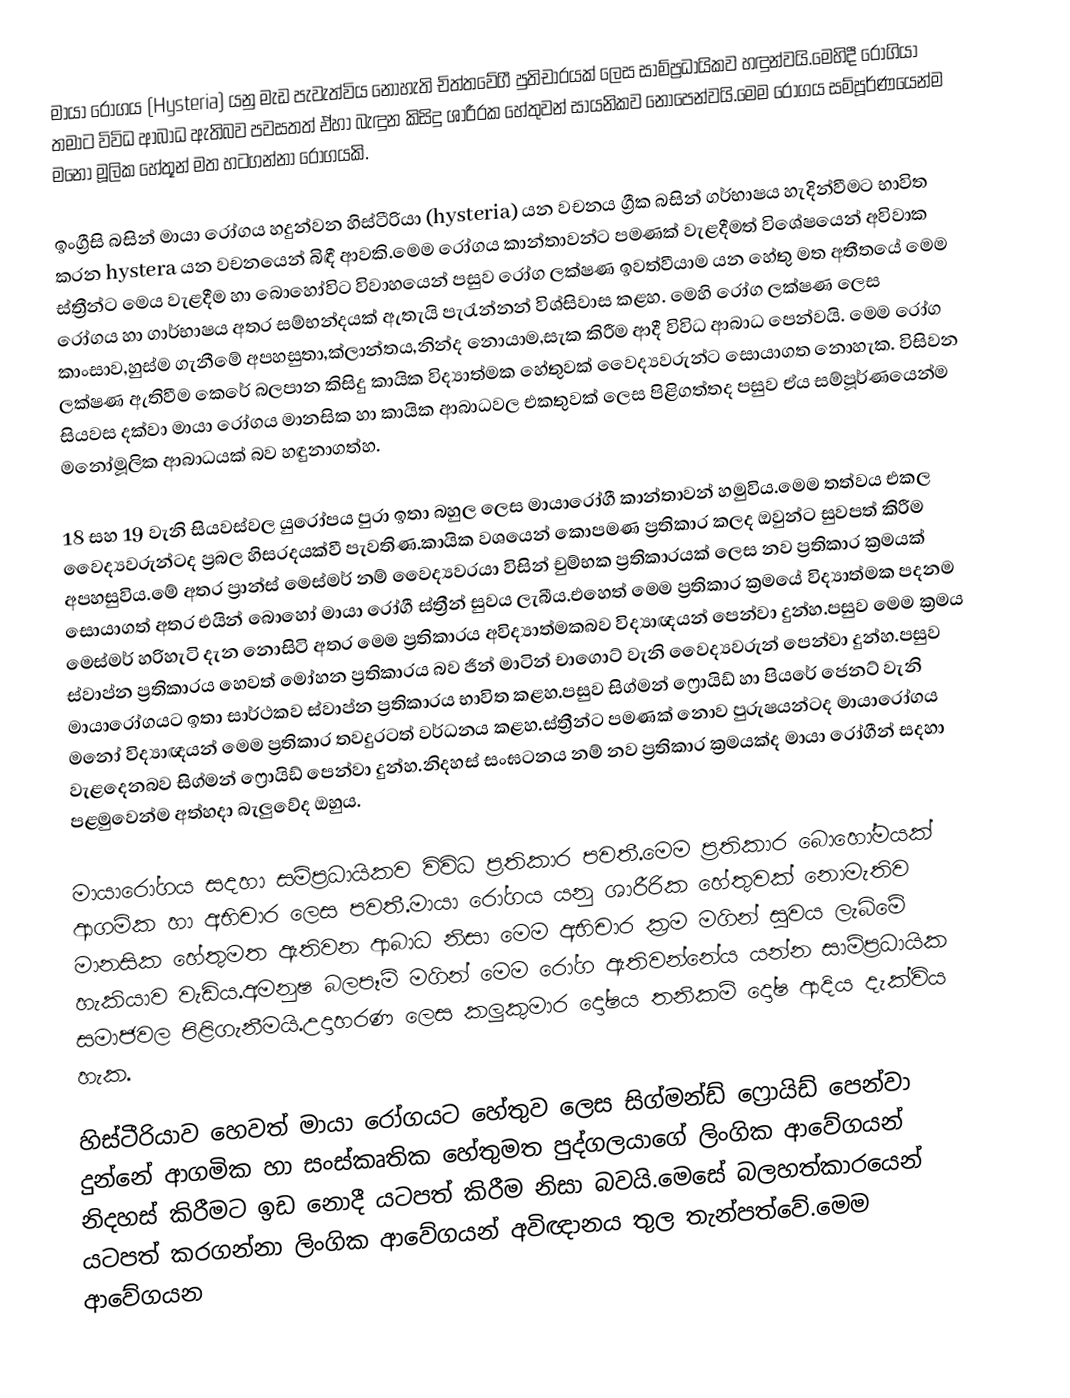
මායා රෝගය (Hysteria)  යනු මැඩ පැවැත්විය නොහැති චිත්තවේගී පුතිචාරයක් ලෙස සාම්ප්‍රධායිකව හඳුන්වයි.මෙහිදී රෝගියා තමාට විවිධ ආබාධ ඇතිබව පවසතත් ඒහා බැඳුන කිසිදු ශාරීරක හේතුවන් සායනිකව නොපෙන්වයි.මෙම රෝගය සම්පූර්ණයෙන්ම මනෝ මූලික හේතූන් මත හටගන්නා රෝගයකි.

ඉංග්‍රීසි බසින් මායා රෝගය හදුන්වන හිස්ටීරියා (hysteria) යන වචනය ග්‍රීක බසින් ගර්භාෂය හැදින්වීමට භාවිත කරන  hystera යන වචනයෙන් බිඳී ආවකි.මෙම රෝගය කාන්තාවන්ට පමණක් වැළදීමත් විශේෂයෙන් අවිවාක ස්ත්‍රීන්ට මෙය වැළදීම හා බොහෝවිට විවාහයෙන් පසුව රෝග ලක්ෂණ ඉවත්වීයාම යන හේතු මත අතීතයේ මෙම රෝගය හා ගාර්භාෂය අතර සම්භන්දයක් ඇතැයි පැරැන්නන් විශ්සිවාස කළහ. මෙහි රෝග ලක්ෂණ ලෙස කාංසාව,හුස්ම ගැනීමේ අපහසුතා,ක්ලාන්තය,නින්ද නොයාම,සැක කිරීම ආදී විවිධ ආබාධ පෙන්වයි. මෙම රෝග ලක්ෂණ ඇතිවීම කෙරේ බලපාන කිසිදු කායික විද්‍යාත්මක හේතුවක් වෛද්‍යවරුන්ට සොයාගත නොහැක. විසිවන සියවස දක්වා මායා රෝගය මානසික හා කායික ආබාධවල එකතුවක් ලෙස පිළිගත්තද පසුව ඒය සම්පූර්ණයෙන්ම මනෝමූලික ආබාධයක් බව හඳුනාගත්හ.

18 සහ 19 වැනි සියවස්වල යුරෝපය පුරා ඉතා බහුල ලෙස මායාරෝගී කාන්තාවන් හමුවිය.මෙම තත්වය එකල වෛද්‍යවරුන්ටද ප්‍රබල හිසරදයක්වී පැවතිණ.කායික වශයෙන් කොපමණ ප්‍රතිකාර කලද ඔවුන්ට සුවපත් කිරීම අපහසුවිය.මේ අතර ප්‍රාන්ස් මෙස්මර් නම් වෛද්‍යවරයා විසින් චුම්භක ප්‍රතිකාරයක් ලෙස නව ප්‍රතිකාර ක්‍රමයක් සොයාගත් අතර එයින් බොහෝ මායා රෝගී ස්ත්‍රීන් සුවය ලැබීය.එහෙත් මෙම ප්‍රතිකාර ක්‍රමයේ විද්‍යාත්මක පදනම මෙස්මර් හරිහැටි දැන නොසිටි අතර මෙම ප්‍රතිකාරය අවිද්‍යාත්මකබව විද්‍යාඥයන් පෙන්වා දුන්හ.පසුව මෙම ක්‍රමය ස්වාප්න ප්‍රතිකාරය හෙවත් මෝහන ප්‍රතිකාරය බව ජින් මාටින් චාගොට් වැනි වෛද්‍යවරුන් පෙන්වා දුන්හ.පසුව මායාරෝගයට ඉතා සාර්ථකව ස්වාප්න ප්‍රතිකාරය භාවිත කළහ.පසුව සිග්මන් ෆ්‍රොයිඩ් හා පියරේ ජෙනට් වැනි මනෝ විද්‍යාඥයන් මෙම ප්‍රතිකාර තවදුරටත් වර්ධනය කළහ.ස්ත්‍රීන්ට පමණක් නොව පුරුෂයන්ටද මායාරෝගය වැළදෙනබව සිග්මන් ෆ්‍රොයිඩ් පෙන්වා දුන්හ.නිදහස් සංඝටනය නම් නව ප්‍රතිකාර ක්‍රමයක්ද මායා රෝගීන් සදහා පළමුවෙන්ම අත්හදා බැලුවේද ඔහුය.

මායාරෝගය සදහා සම්ප්‍රධායිකව විවිධ ප්‍රතිකාර පවතී.මෙම ප්‍රතිකාර බොහෝමයක් ආගමික හා අභිචාර ලෙස පවතී.මායා රෝගය යනු ශාරීරික හේතුවක් නොමැතිව මානසික හේතුමත ඇතිවන ආබාධ නිසා මෙම අභිචාර ක්‍රම මගින් සුවය ලැබිමේ හැකියාව වැඩිය.අමනුෂ බලපෑම් මගින් මෙම රෝග ඇතිවන්නේය යන්න සාම්ප්‍රධායික සමාජවල පිළිගැනීමයි.උදාහරණ ලෙස කලුකුමාර දෝෂය තනිකම් දෝෂ ආදිය දැක්විය හැක.

හිස්ටීරියාව හෙවත් මායා රෝගයට හේතුව ලෙස සිග්මන්ඩ් ෆ්‍රොයිඩ් පෙන්වා දුන්නේ ආගමික හා සංස්කෘතික හේතුමත පුද්ගලයාගේ ලිංගික ආවේගයන් නිදහස් කිරීමට ඉඩ නොදී යටපත් කිරීම නිසා බවයි.මෙසේ බලහත්කාරයෙන් යටපත් කරගන්නා ලිංගික ආවේගයන් අවිඥානය තුල තැන්පත්වේ.මෙම ආවේගයන